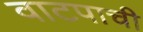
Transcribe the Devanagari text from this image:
वाटपाची